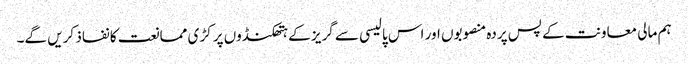
ہم مالی معاونت کے پس پردہ منصوبوں اور اس پالیسی سے گریز کے ہتھکنڈوں پر کڑی ممانعت کا نفاذ کریں گے۔